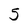
Character: 5